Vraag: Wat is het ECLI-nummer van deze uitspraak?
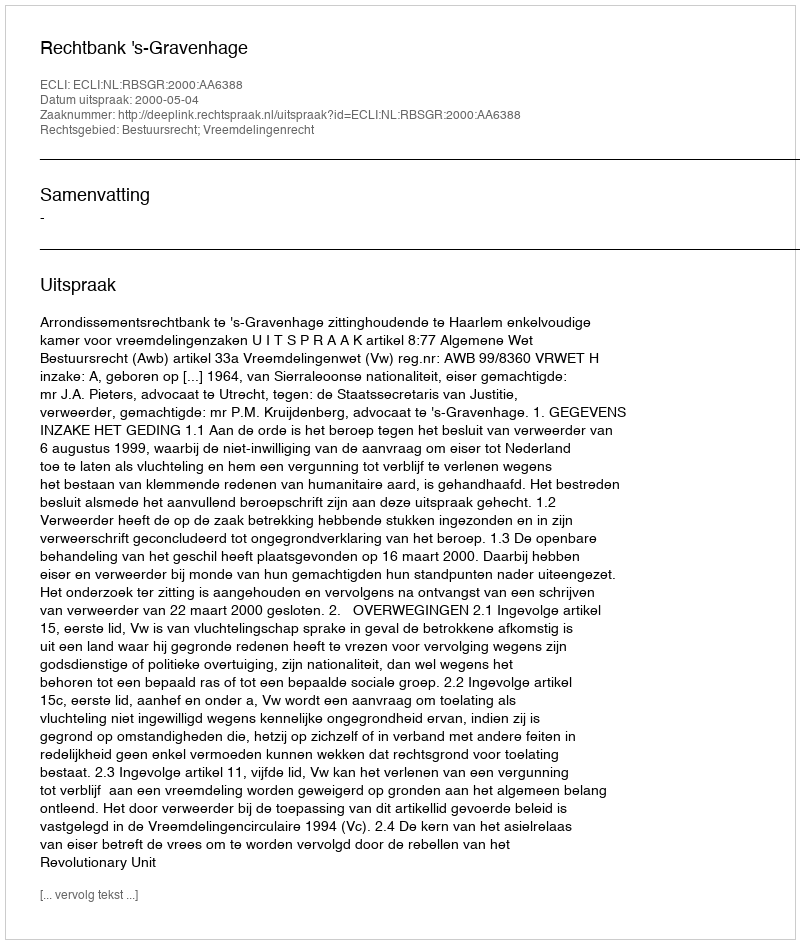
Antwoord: ECLI:NL:RBSGR:2000:AA6388